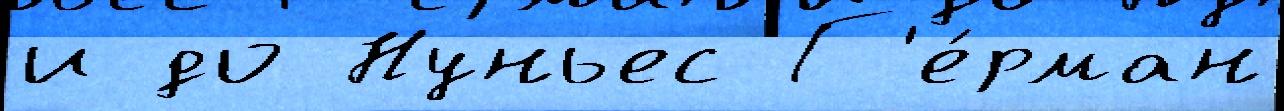
и до Нуньес Г'е́рман